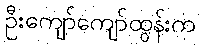
ဦးကျော်ကျော်ထွန်းက